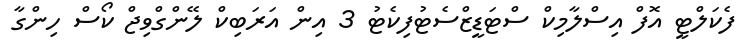
ފެކަލްޓީ އޮފް އިސްލާމިކް ސްޓަޑީޒްސެޓުފިކެޓު 3 އިން އަރަބިކް ލޭންގްވިޖް ކޯސް ހިންގާ